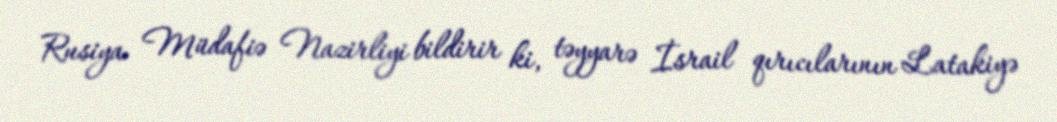
Rusiya Müdafiə Nazirliyi bildirir ki, təyyarə İsrail qırıcılarının Latakiyə